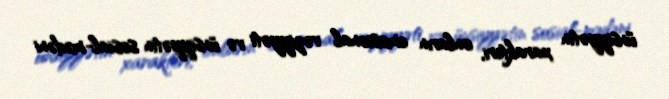
ünsiyyətin xarakteri, onların emosional vəziyyəti və ünsiyyətin sosial-mədəni